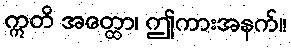
ဣတိ အတ္ထော၊ ဤကားအနက်။